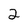
Character: 2